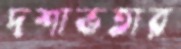
দশাভতার